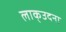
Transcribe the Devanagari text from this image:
लाक्उदना